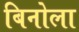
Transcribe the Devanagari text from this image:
बिनोला